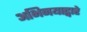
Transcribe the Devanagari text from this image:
अभिनयाद्वारे